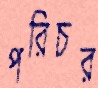
পরিচর